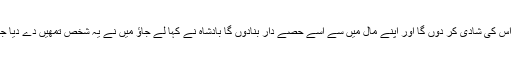
ممکن ہے وہ اس کے دل کو موہ لے اور یہ اپنا دین چھوڑ کر عیسائی ہو جائے تب میں اپنی لڑکی سے اس کی شادی کر دوں گا اور اپنے مال میں سے اسے حصے دار بنادوں گا بادشاہ نے کہا لے جاؤ میں نے یہ شخص تمھیں دے دیا جب یہ واقعہ ہوا تو چھت پر بیٹھی ہوئی حور کھڑی ہوئی اور خالی ہاتھ آسمان کی طرف پرواز کر گئی ۔